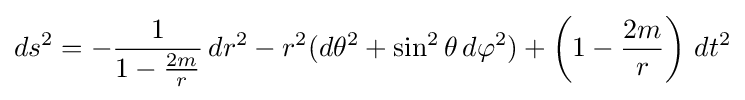
ds^{2}=-{\frac {1}{1-{\frac {2m}{r}}}}\,dr^{2}-r^{2}(d\theta ^{2}+\sin ^{2}\theta \,d\varphi ^{2})+\left(1-{\frac {2m}{r}}\right)\,dt^{2}